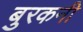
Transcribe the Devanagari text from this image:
बुरकनी